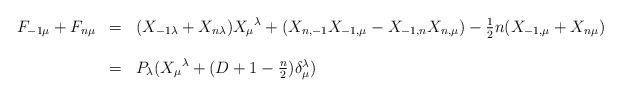
LaTeX: \begin{align*}\begin{array}{lcl}F_{-1\mu} + F_{n \mu} &=& (X_{-1\lambda} + X_{n\lambda}) {X_\mu} ^\lambda +(X_{n, -1} X_{-1, \mu} -X_{-1, n} X_{n, \mu}) -\frac{1}{2} n(X_{-1, \mu} + X_{n \mu})\cr & & \cr &=& P_\lambda({X_\mu}^\lambda + (D+1 - \frac{n}{2}) \delta^\lambda_\mu)\end{array}\end{align*}